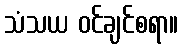
သံသယ ဝင်ချင်စရာ။